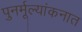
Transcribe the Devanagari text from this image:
पुनर्मूल्यांकनात